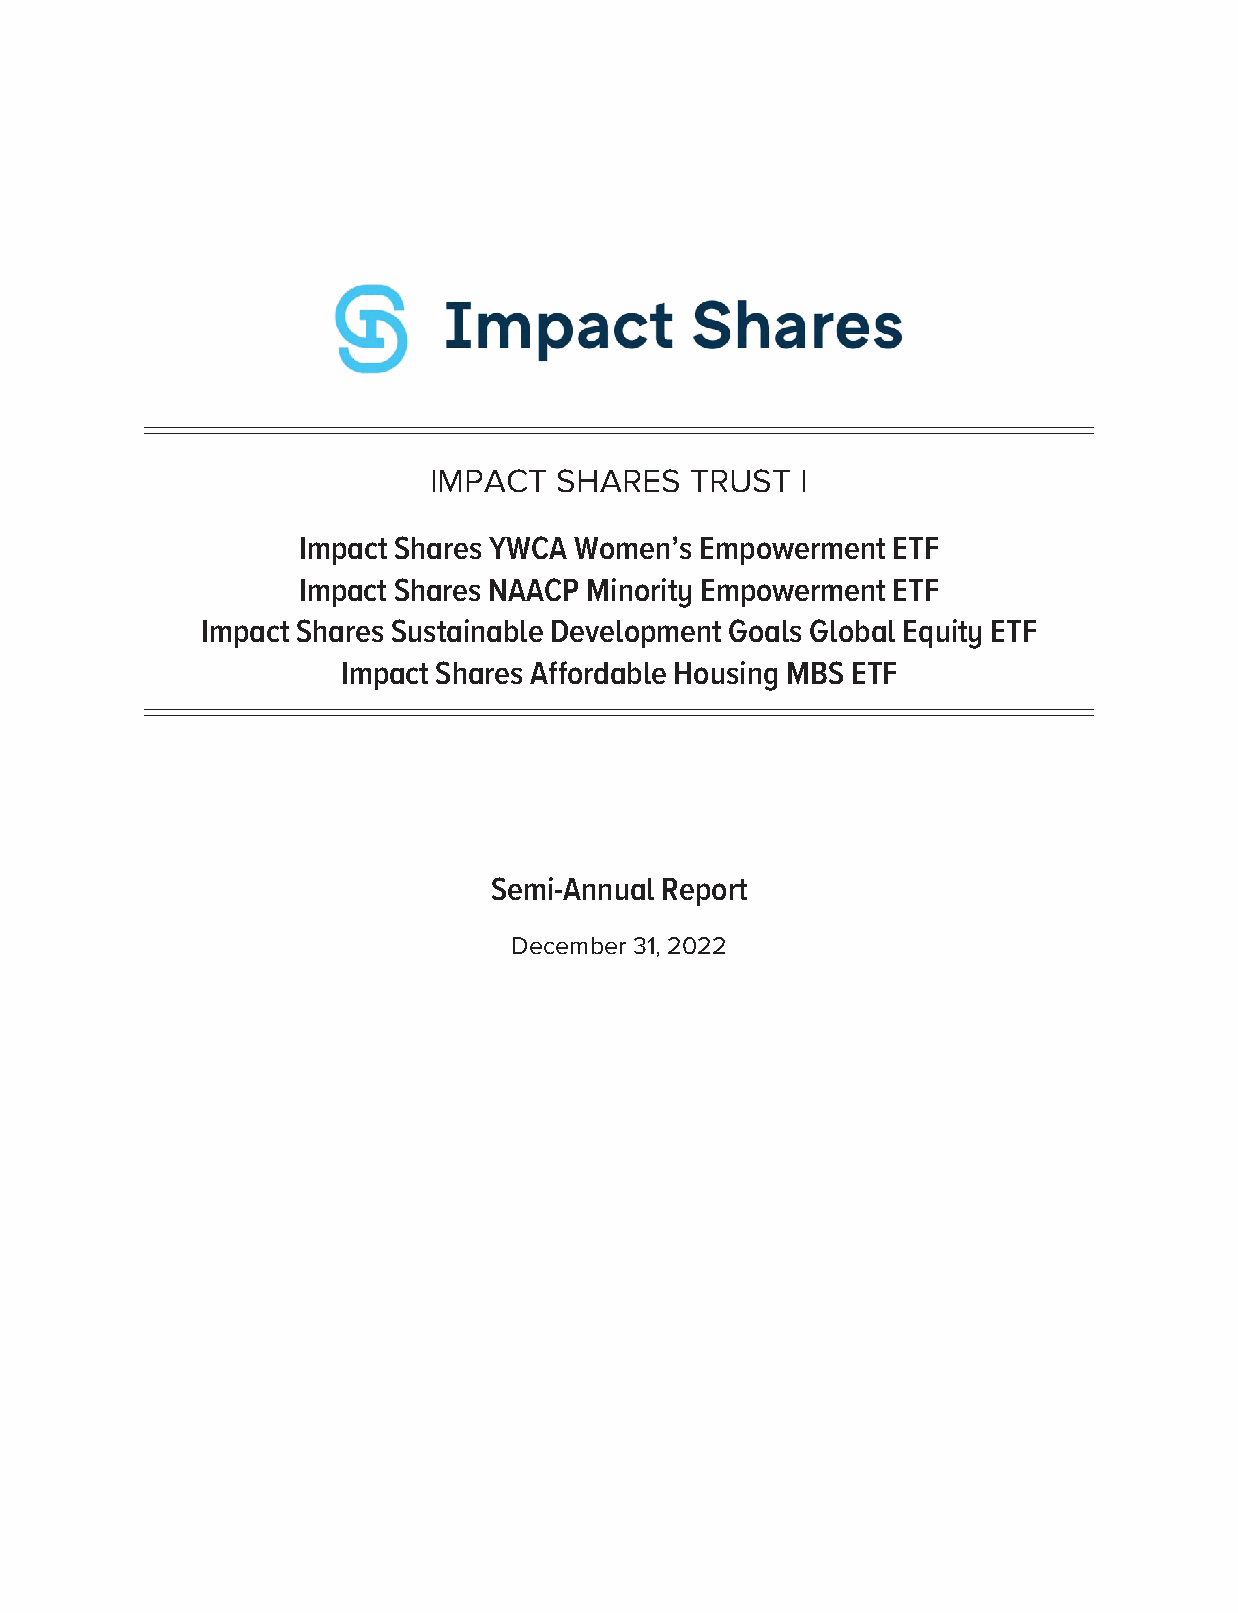
IMPACT   SHARES   TRUST  I
 Impact Shares YWCA Women’s Empowerment ETF
 Impact Shares NAACP Minority Empowerment ETF
 Impact Shares Sustainable Development Goals Global Equity ETF
 Impact Shares Affordable Housing MBS ETF
 Semi-Annual Report
 December 31, 2022